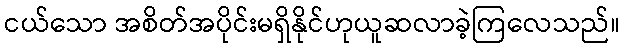
ငယ်သော အစိတ်အပိုင်းမရှိနိုင်ဟုယူဆလာခဲ့ကြလေသည်။